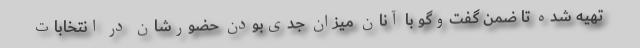
تهیه شده تا ضمن گفت‌وگو با آنان میزان جدی‌بودن حضورشان در انتخابات